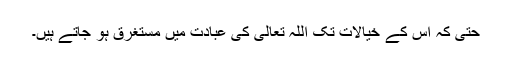
حتی کہ اس کے خیالات تک اللہ تعالیٰ کی عبادت میں مستغرق ہو جاتے ہیں۔